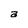
Character: a